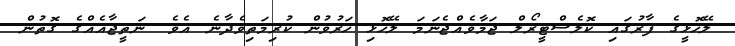
ލޭހޮޅީގެ ފާރުގައި ކޮލެސްޓީރޯލް ޖަމާވެއްޖެނަމަ ލޭހޮޅި ހަރުވުން ކުރިމަތިވެދާނެ އެވެ. ނަތީޖާއެއްގެ ގޮތުން